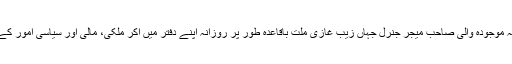
اس حقیقت سے کسی بالغ نظر انسان کو مجالِ انکار نہیں کہ موجودہ والی صاحب میجر جنرل جہاں زیب غازیِ ملت باقاعدہ طور پر روزانہ اپنے دفتر میں آکر ملکی، مالی اور سیاسی امور کے تصفیہ اور انصرام میں پورا پورا وقت صرف کرتے ہیں۔